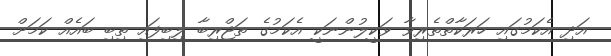
އަދި އެކަމުގައި ހަރަކާތްތެރިވާ ވަކީލުންނަކީ އެކަމުގެ ތަޖްރިބާ ލިބިފައި ތިބި ބައެއް ކަމަށް